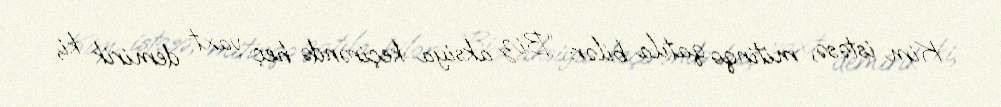
Kim istəsə, mitinqə qatıla bilər: “Biz aksiya keçirəndə heç vaxt demirik ki,